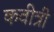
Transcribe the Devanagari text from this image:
कवीत्री